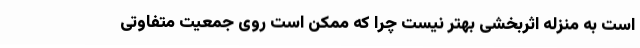
است به منزله اثربخشی بهتر نیست چرا که ممکن است روی جمعیت متفاوتی